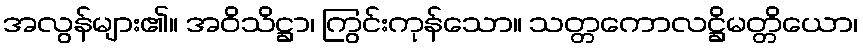
အလွန်များ၏။ အဝိသိဋ္ဌာ၊ ကြွင်းကုန်သော။ သတ္တကောလဋ္ဌိမတ္တိယော၊